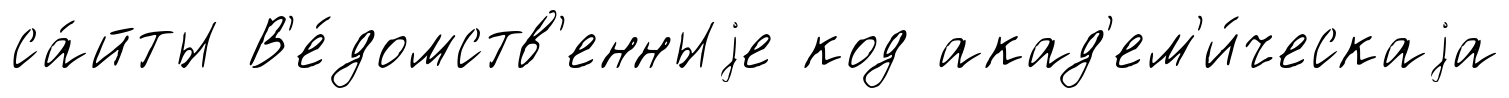
са́йты В'е́домств'енныjе код акад'ем'и́ческаjа